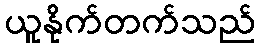
ယူနိုက်တက်သည်